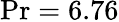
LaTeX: \mathrm{Pr}=6.76